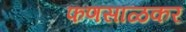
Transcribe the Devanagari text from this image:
फणसाळकर